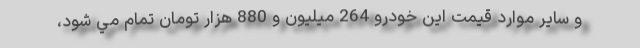
و ساير موارد قيمت اين خودرو 264 ميليون و 880 هزار تومان تمام مي شود،